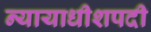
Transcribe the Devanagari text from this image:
न्यायाधीशपदी